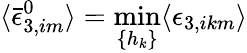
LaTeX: \langle\bar{\epsilon}_{3,im}^{0}\rangle=\operatorname*{min}_{\{ h_{k}\} }\langle\epsilon_{3,ikm}\rangle